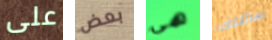
على بعض هي لعائلتك